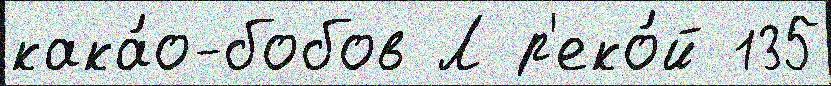
кака́о-бобов Л р'еко́й 135